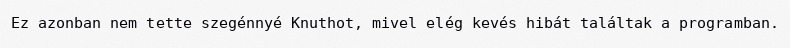
Ez azonban nem tette szegénnyé Knuthot, mivel elég kevés hibát találtak a programban.